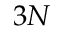
3 N